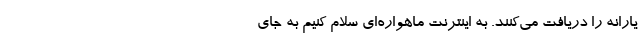
یارانه را دریافت می‌کنند. به اینترنت ماهواره‌ای سلام کنیم به جای